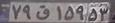
۷۹ق۱۵۹۵۳